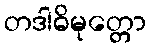
တဒါဓိမုတ္တော